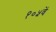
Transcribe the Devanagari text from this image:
१०५वें